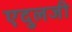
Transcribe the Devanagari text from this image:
एदुलजी